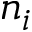
n _ { i }